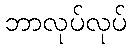
ဘာလုပ်လုပ်